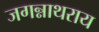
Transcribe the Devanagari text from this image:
जगन्नाथराय